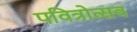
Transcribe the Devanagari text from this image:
पवित्रोत्सव